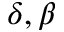
\delta , \beta